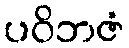
ပဝိဘဇံ